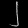
Digit: ၂